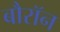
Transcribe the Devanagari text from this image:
बौरॉन